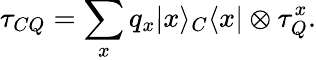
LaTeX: \tau_{CQ}=\sum_{x}q_{x}|x\rangle_{C}\langle x|\otimes\tau_{Q}^{x}.